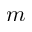
m